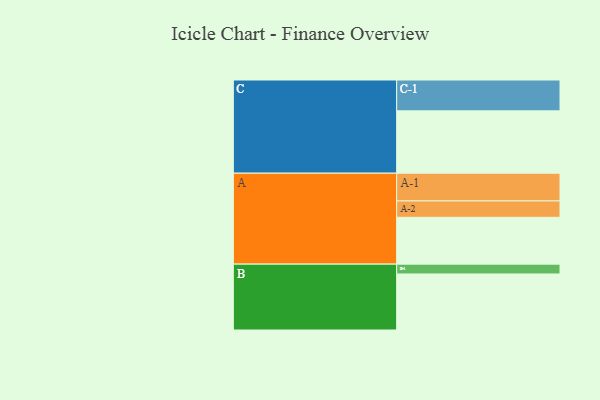
{"axis": {"x": "Segment", "y": "Value"}, "legend": ["", "A", "B", "C"], "data": [{"x": "A", "y": 437, "type": ""}, {"x": "B", "y": 523, "type": ""}, {"x": "C", "y": 582, "type": ""}, {"x": "A-1", "y": 259, "type": "A"}, {"x": "A-2", "y": 153, "type": "A"}, {"x": "B-1", "y": 92, "type": "B"}, {"x": "C-1", "y": 288, "type": "C"}]}